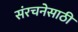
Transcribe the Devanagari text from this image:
संरचनेसाठी